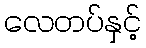
လေတပ်နှင့်